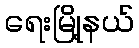
ရေးမြို့နယ်